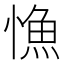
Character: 𢠐